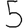
Digit: 5